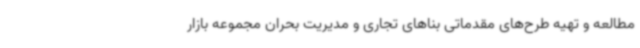
مطالعه و تهیه طرح‌های مقدماتی بناهای تجاری و مدیریت بحران مجموعه بازار